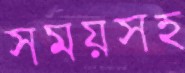
সময়সহ